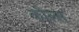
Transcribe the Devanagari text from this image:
कौल्स